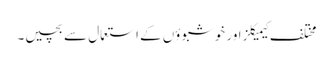
مختلف کیمیکلز اور خوشبوؤں کے استعمال سے بچیں۔